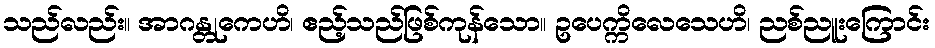
သည်လည်း။ အာဂန္တုကေဟိ၊ ဧည့်သည်ဖြစ်ကုန်သော။ ဥပေက္ကိလေသေဟိ၊ ညစ်ညူးကြောင်း